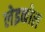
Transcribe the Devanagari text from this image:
लेइकोल